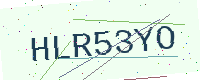
Text: HLR53YO